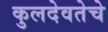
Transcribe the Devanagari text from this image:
कुलदेवतेचे